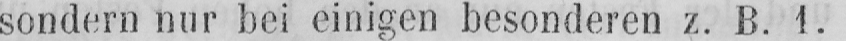
sondern nur bei einigen besonderen z. B. 1.